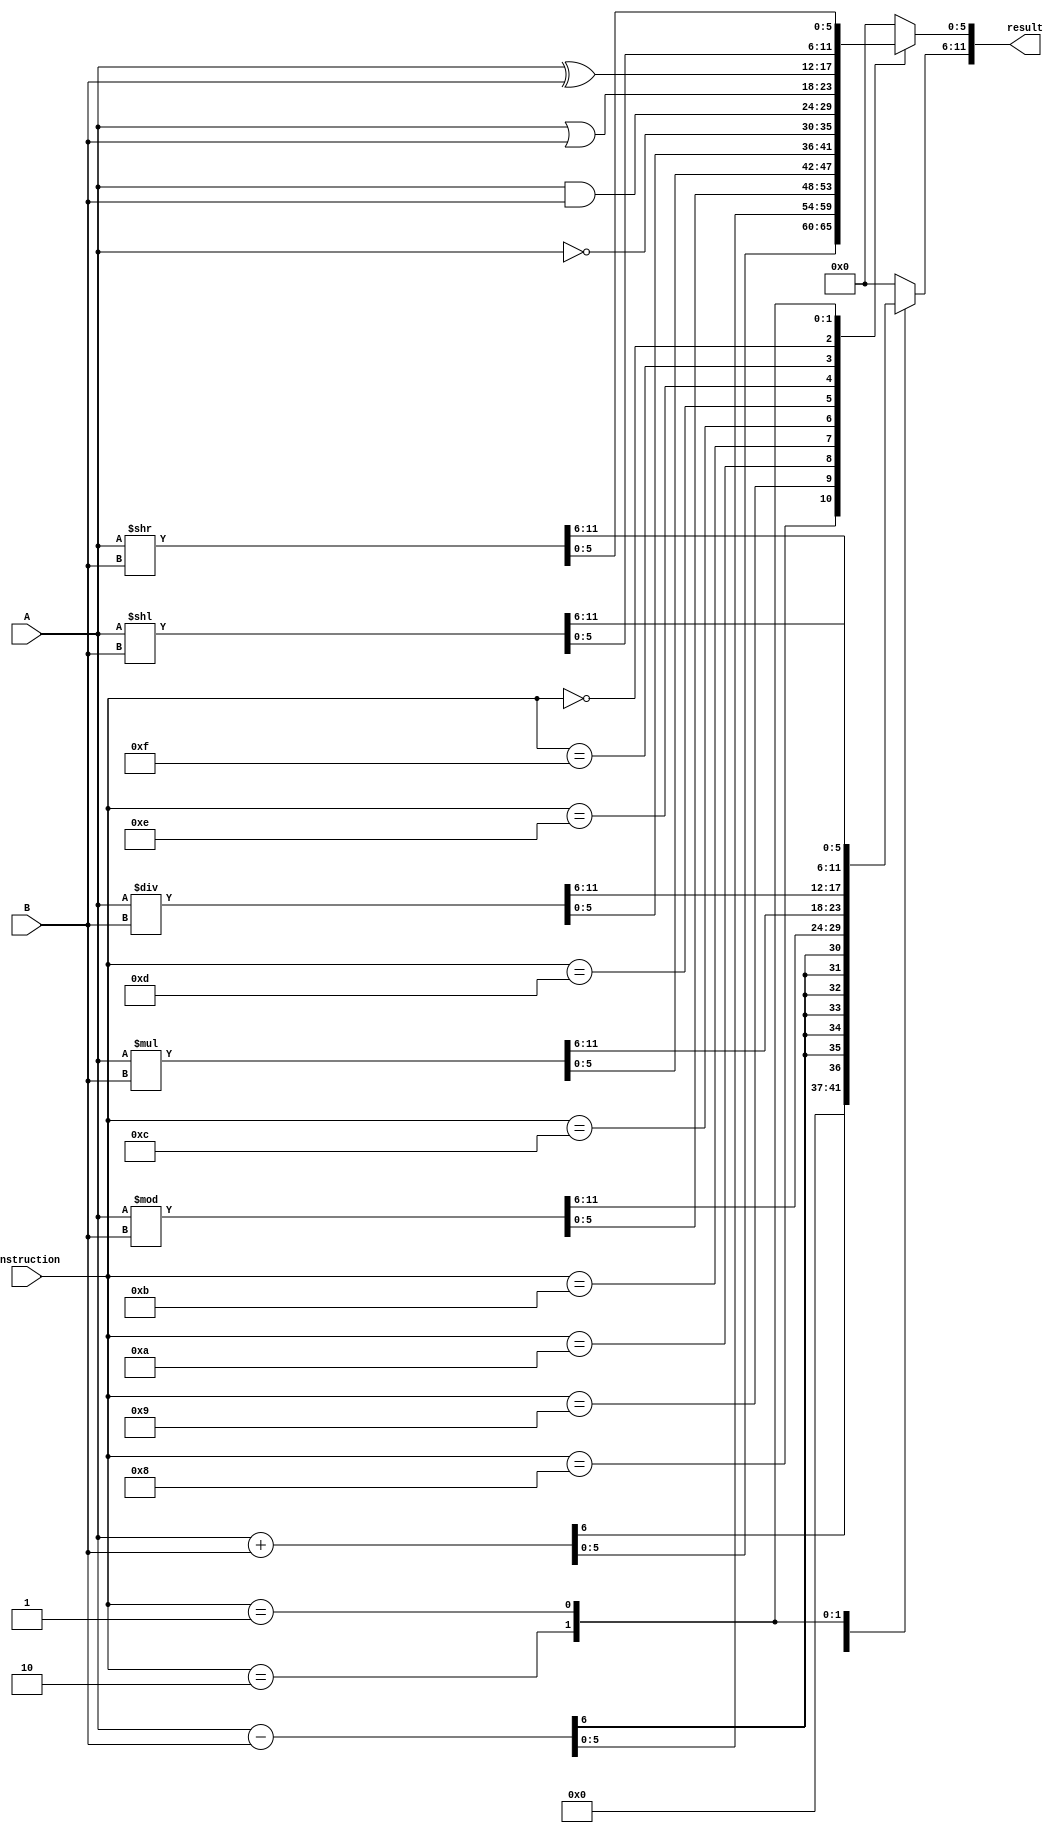
`timescale 1ns / 1ps
//////////////////////////////////////////////////////////////////////////////////
// Company: 
// Engineer: 
// 
// Design Name: 
// Module Name: alu_combinational
// Project Name: 
// Target Devices: 
// Tool Versions: 
// Description: 
// 
// Dependencies: 
// 
// Revision:
// Revision 0.01 - File Created
// Additional Comments:
// 
//////////////////////////////////////////////////////////////////////////////////


module alu_combinational(
    input [3:0] instruction,
    input [5:0] A,
    input [5:0] B,
    output [11:0] result
    );
    
    reg [11:0] result_reg;
    assign result = result_reg;

    localparam ADD = 4'b1000;
    localparam SUBTRACT = 4'b1001;
    localparam MODULUS = 4'b1010;
    localparam MULTIPLY = 4'b1011;
    localparam DIVIDE = 4'b1100;
    localparam NOT = 4'b1101;
    localparam AND = 4'b1110;
    localparam OR = 4'b1111;
    localparam XOR = 4'b0000;
    localparam SHIFT_LEFT = 4'b0010;
    localparam SHIFT_RIGHT = 4'b0001;
    
    always @(A or B or instruction) begin
        case(instruction) 
            ADD: begin
                result_reg = A + B;
            end
            SUBTRACT: begin
                result_reg = A - B;
            end
            MODULUS: begin
                result_reg = A % B;
            end 
            MULTIPLY: begin
                result_reg = A * B;
            end
            DIVIDE: begin
                result_reg = A / B;
            end
            NOT: begin
                result_reg [5:0] = ~A;
                result_reg [11:6] = 6'b000000;
            end
            AND: begin
                result_reg [5:0] = A & B;
                result_reg [11:6] = 6'b000000;
            end
            OR: begin
                result_reg [5:0] = A | B;
                result_reg [11:6] = 6'b000000;
            end
            XOR: begin
                result_reg [5:0] = A ^ B;
                result_reg [11:6] = 6'b000000;
            end
            SHIFT_LEFT: begin
                result_reg = A << B;
            end
            SHIFT_RIGHT: begin
                result_reg = A >> B;
            end
            default: begin
                result_reg [5:0] = 6'b0;
                result_reg [11:6] = 6'b0;
            end
            
            
            
            
            
        endcase
    end
    
endmodule